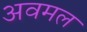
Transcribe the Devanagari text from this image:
अवमल